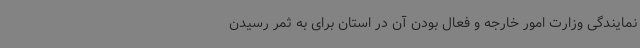
نمایندگی وزارت امور خارجه و فعال بودن آن در استان برای به ثمر رسیدن